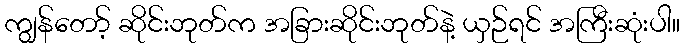
ကျွန်တော့် ဆိုင်းဘုတ်က အခြားဆိုင်းဘုတ်နဲ့ ယှဉ်ရင် အကြီးဆုံးပါ။